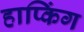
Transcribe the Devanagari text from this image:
हाप्किंग